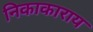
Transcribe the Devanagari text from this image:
निकाकाराय